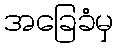
အခြေခံမှ